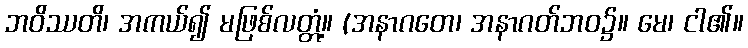
ဘဝိဿတိ၊ အကယ်၍ မဖြစ်လတ္တံ့။ (အနာဂတေ၊ အနာဂတ်ဘဝ၌။ မေ၊ ငါ၏။